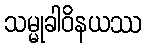
သမ္မုခါဝိနယဿ